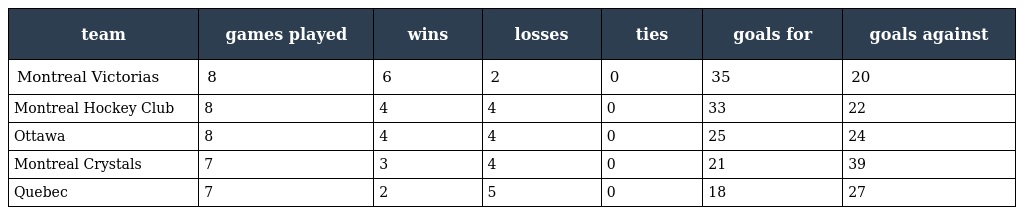
| team | games played | wins | losses | ties | goals for | goals against |
 | --- | --- | --- | --- | --- | --- | --- |
 | Montreal Victorias | 8 | 6 | 2 | 0 | 35 | 20 |
 | Montreal Hockey Club | 8 | 4 | 4 | 0 | 33 | 22 |
 | Ottawa | 8 | 4 | 4 | 0 | 25 | 24 |
 | Montreal Crystals | 7 | 3 | 4 | 0 | 21 | 39 |
 | Quebec | 7 | 2 | 5 | 0 | 18 | 27 |